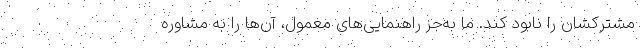
مشترکشان را نابود کند. ما به‌جز راهنمایی‌های معمول، آن‌ها را به مشاوره